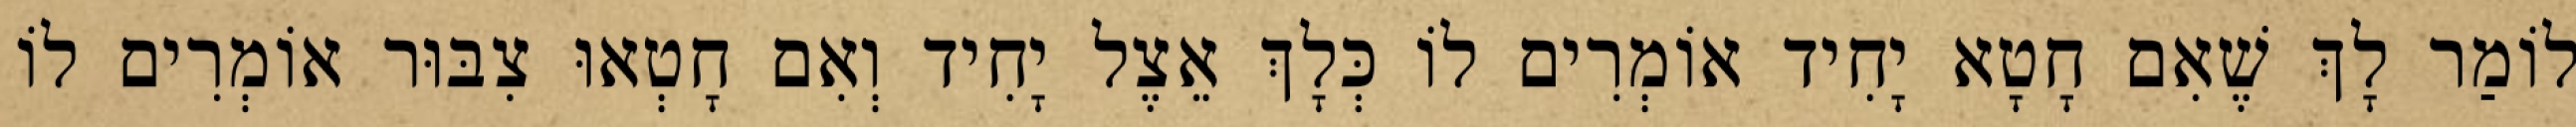
לוֹמַר לָךְ שֶׁאִם חָטָא יָחִיד אוֹמְרִים לוֹ כְּלָךְ אֵצֶל יָחִיד וְאִם חָטְאוּ צִבּוּר אוֹמְרִים לוֹ